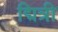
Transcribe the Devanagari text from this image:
द्मित्री